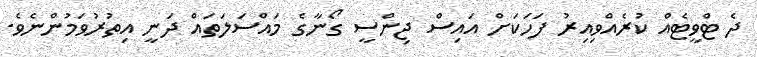
ދެ ޓްވީޓެއް ކުރެއްވިއިރު ފަހަކަށް އައިސް ޖިންސީ ގޯނާގެ މައްސަލަތައް ދަނީ އިތުރުވަމުންނެވެ.